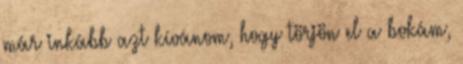
már inkább azt kívánom, hogy törjön el a bokám,